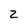
Character: Z